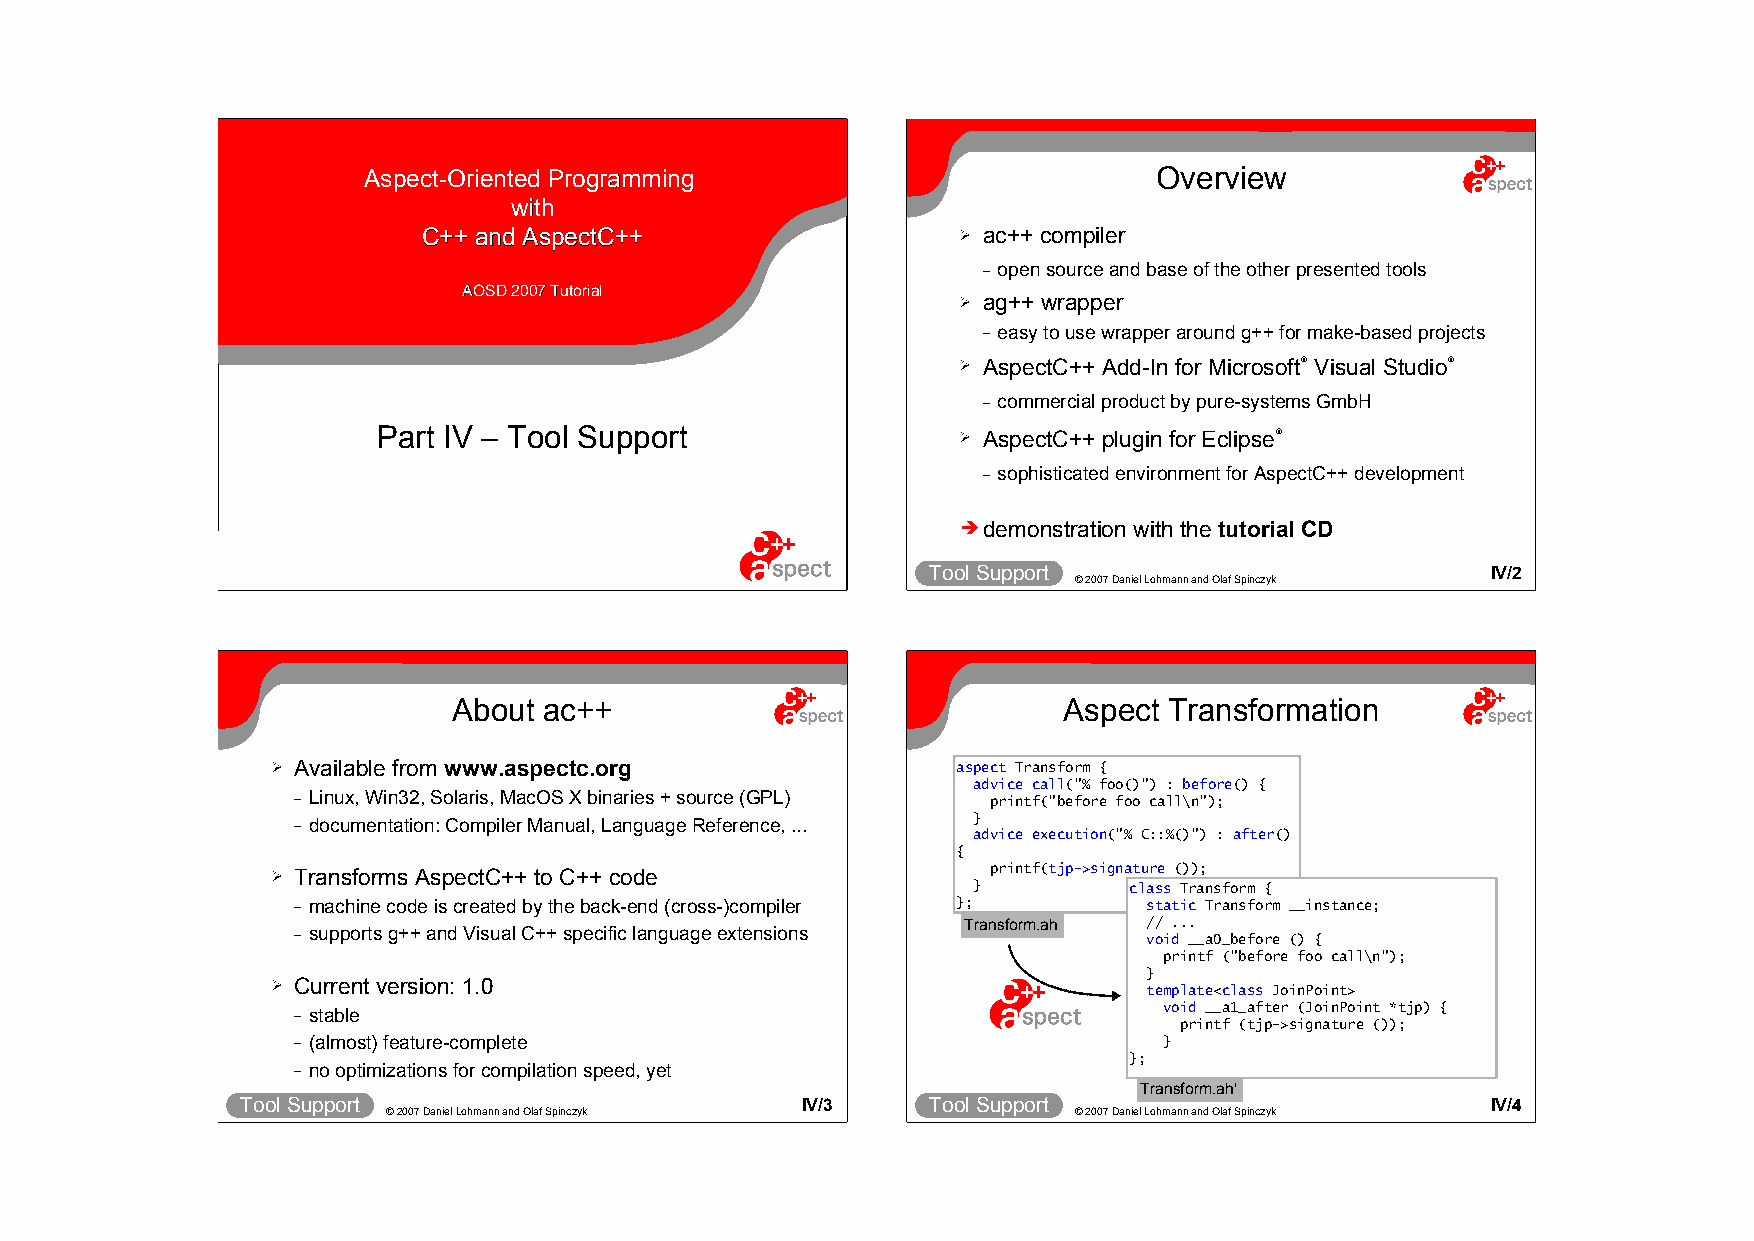
AAssppeecctt--OOrriieenntteedd PPrrooggrraammmmiinngg Overview
 wwiitthh
 CC++++ aanndd AAssppeeccttCC++++    ➢ ac++ compiler
 – open source and base of the other presented tools
 AAOOSSDD 22000077 TTuuttoorriiaall
 ➢ ag++ wrapper
 – easy to use wrapper around g++ for make-based projects
 ➢ AspectC++ Add-In for Microsoft® Visual Studio®
 – commercial product by pure-systems GmbH
 Part IV – Tool Support
 ➢ AspectC++ plugin for Eclipse®
 – sophisticated environment for AspectC++ development
 ➔demonstration with the tutorial CD
 Tool Support                         IV/1     Tool Support                         IV/2
 © 2007 Daniel Lohmann and Olaf Spinczyk      © 2007 Daniel Lohmann and Olaf Spinczyk
 About ac++                              Aspect Transformation
 ➢ Available from www.aspectc.org             aspect Transform {
 advice call("% foo()") : before() {
 – Linux, Win32, Solaris, MacOS X binaries + source (GPL) printf("before foo call\n");
 – documentation: Compiler Manual, Language Reference, ... }
 advice execution("% C::%()") : after()
 {
 ➢ Transforms AspectC++ to C++ code              printf(tjp->signature ());
 }          class Transform {
 – machine code is created by the back-end (cross-)compiler }; static Transform __instance;
 Transform.ah // ...
 – supports g++ and Visual C++ specific language extensions void __a0_before () {
 printf ("before foo call\n");
 }
 ➢ Current version: 1.0                                    template<class JoinPoint>
 – stable                                                  void __a1_after (JoinPoint *tjp) {
 printf (tjp->signature ());
 – (almost) feature-complete                               }
 };
 – no optimizations for compilation speed, yet
 Transform.ah'
 Tool Support                         IV/3     Tool Support                         IV/4
 © 2007 Daniel Lohmann and Olaf Spinczyk      © 2007 Daniel Lohmann and Olaf Spinczyk